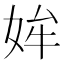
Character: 㛌